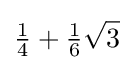
{\tfrac {1}{4}}+{\tfrac {1}{6}}{\sqrt {3}}